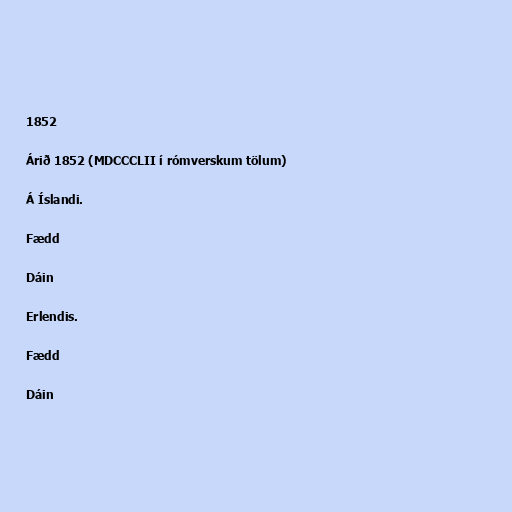
1852

Árið 1852 (MDCCCLII í rómverskum tölum)

Á Íslandi.

Fædd

Dáin

Erlendis.

Fædd

Dáin